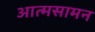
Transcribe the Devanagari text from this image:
आत्मसामन